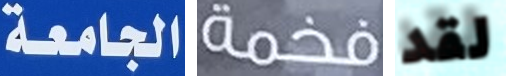
الجامعة فخمة لقد